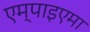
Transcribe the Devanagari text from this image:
एम्पाइएमा